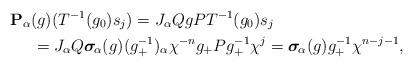
LaTeX: \begin{align*}&\mathbf{P}_{\alpha}(g) (T^{-1}(g_0) s_j)=J_{\alpha}QgPT^{-1}(g_0)s_j\\& \phantom{abc}=J_{\alpha}Q\boldsymbol\sigma_{\!\alpha}(g)(g_+^{-1})_\alpha\chi^{-n}g_+P g_+^{-1}\chi^j=\boldsymbol\sigma_{\!\alpha}(g)g_+^{-1} \chi^{n-j-1},\end{align*}